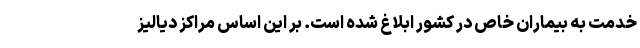
خدمت به بیماران خاص در کشور ابلاغ شده است. بر این اساس مراکز دیالیز